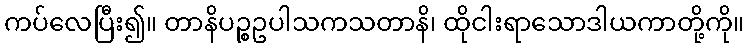
ကပ်လေပြီး၍။ တာနိပဉ္စဥပါသကသတာနိ၊ ထိုငါးရာသောဒါယကာတို့ကို။